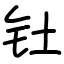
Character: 钍